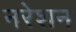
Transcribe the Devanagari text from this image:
नरेशन